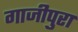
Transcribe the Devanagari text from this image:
गाजीपुरा